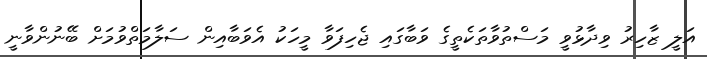
އަލީ ޒާހިރު ވިދާޅުވީ މަސްތުވާތަކެތީގެ ވަބާގައި ޖެހިފަވާ މީހަކު އެވަބާއިން ސަލާމަތްވުމަށް ބޭނުންވާނީ